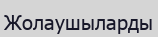
Жолаушыларды